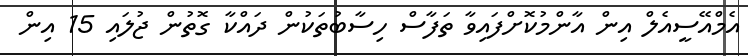
އެމްއޭސީއެލް އިން އާންމުކޮށްފައިވާ ތަފާސް ހިސާބުތަކުން ދައްކާ ގޮތުން ޖުލައި 15 އިން